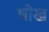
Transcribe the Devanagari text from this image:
षोख